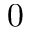
0